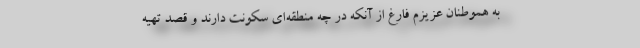
به هموطنان عزیزم فارغ از آنکه در چه منطقه‌ای سکونت دارند و قصد تهیه